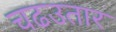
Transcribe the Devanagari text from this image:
चढउतार